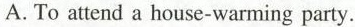
A. To attend a house-warming party.